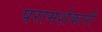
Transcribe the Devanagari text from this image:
परामर्शकारी